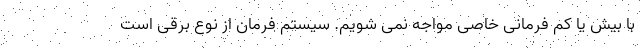
با بیش یا کم فرمانی خاصی مواجه نمی شویم. سیستم فرمان از نوع برقی است